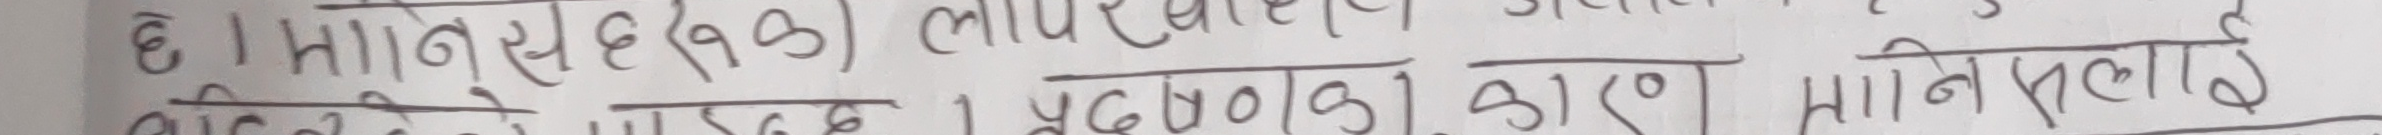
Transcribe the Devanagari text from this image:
६। मान्छे (१३) लक्षणीय
मानिसले १ प्रबन्धनको कारण मानिसलाई